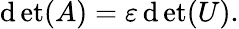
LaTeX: \operatorname*{\mathrm{d}et}(A)=\varepsilon\operatorname*{\mathrm{d}et}(U).